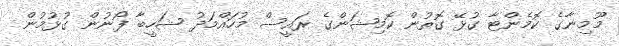
މޫމިނާގެ ކޮމެންޓާ ގުޅޭ ގޮތުން ކޮމިޝަންގެ ރައީސް މުހައްމަދު ޝަހީބާ ފޯނުން ގުޅުމުން